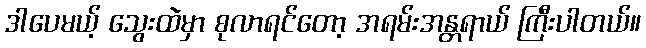
ဒါပေမယ့် သွေးထဲမှာ စုလာရင်တော့ အရမ်းအန္တရာယ် ကြီးပါတယ်။